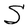
Character: S